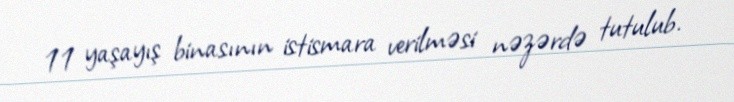
11 yaşayış binasının istismara verilməsi nəzərdə tutulub.